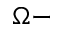
\Omega -